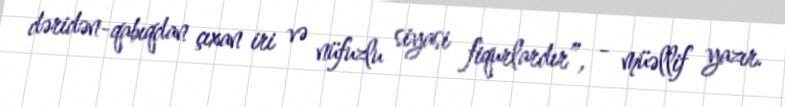
dəridən-qabıqdan çıxan iri və nüfuzlu siyasi fiqurlardır”, - müəllif yazır.